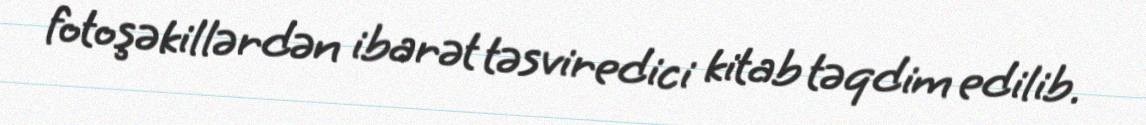
fotoşəkillərdən ibarət təsviredici kitab təqdim edilib.